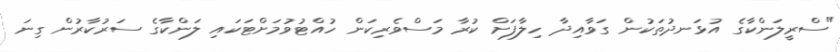
"ސްރީލަންކާގެ އުޅަނދުތަކުން ގަވާއިދާ ހިލާފަށް ކުރާ މަސްވެރިކަން ހުއްޓުވުމަށްޓަކައި ލަންކާގެ ސަރުކާރުން ގިނަ